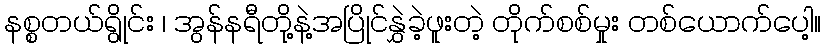
နစ္စတယ်ရွိုင်း ၊ အွန်နရီတို့နဲ့အပြိုင်နွှဲခဲ့ဖူးတဲ့ တိုက်စစ်မှုး တစ်ယောက်ပေါ့။